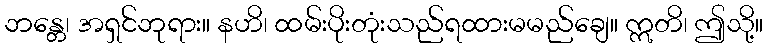
ဘန္တေ၊ အရှင်ဘုရား။ နဟိ၊ ထမ်းပိုးတုံးသည်ရထားမမည်ချေ။ ဣတိ၊ ဤသို့။